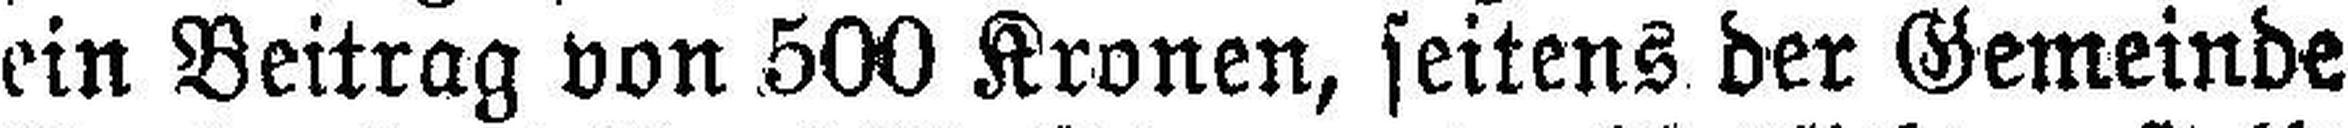
ein Beitrag von 500 Kronen, seitens der Gemeinde